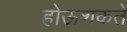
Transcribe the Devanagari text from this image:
होऊशकते